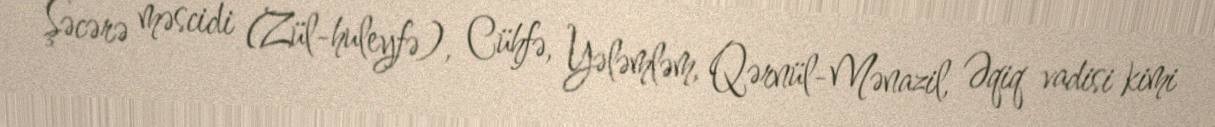
Şəcərə məscidi (Zül-huleyfə), Cühfə, Yələmləm, Qərnül-Mənazil, Əqiq vadisi kimi